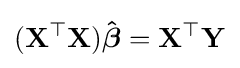
\mathbf {(X^{\top }X){\hat {\boldsymbol {\beta }}}={}X^{\top }Y}